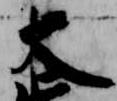
大